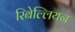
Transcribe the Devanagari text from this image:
रिबेल्लियन